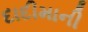
દાદીમાની